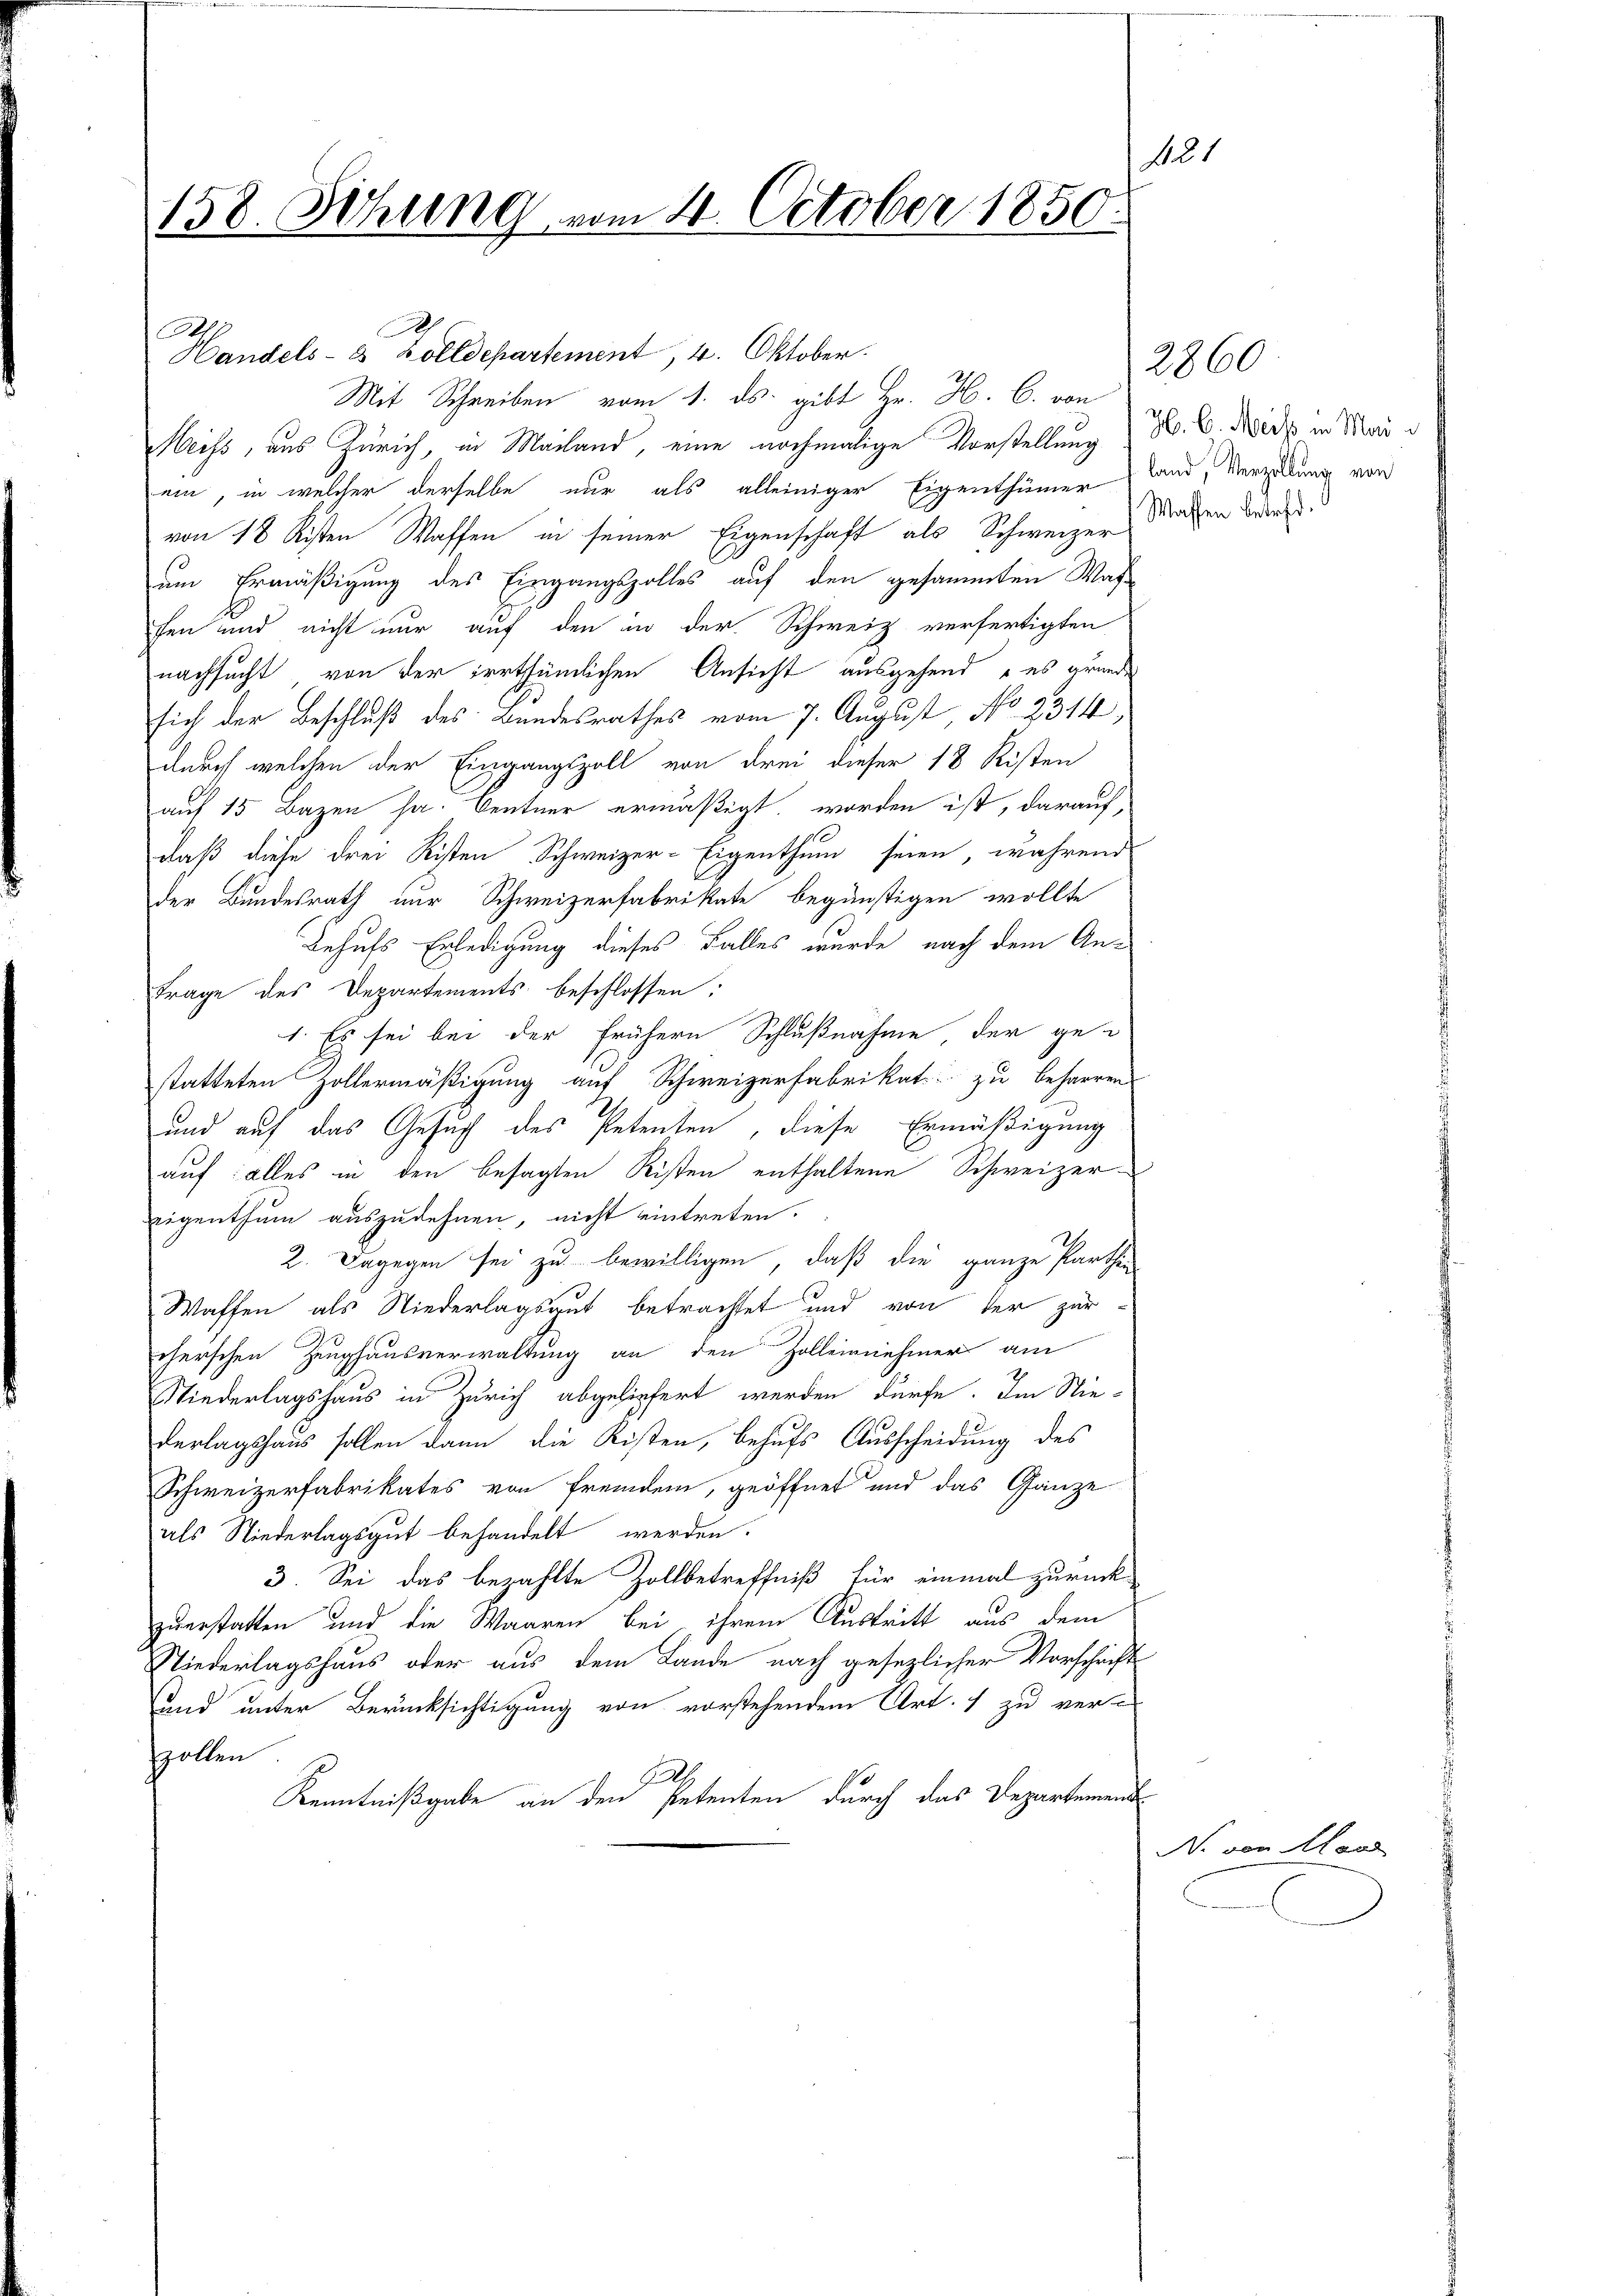
421
158. Sitzung vom 4. October 1850.

Handels- & Zolldepartement, 4. Oktober.
Mit Schreiben vom 1. ds. gibt Hr. H. C. von
Heiss, aus Zürich, in Mailand, eine nochmalige Vorstellung & B. C. Nidß in Mai d
ein, in welcher derselbe nur als alleiniger Eigenthümer Land, Verzeitung von
von 18 Kisten Waffen in seiner Eigenschaft als Schweizer Magen dringeum Ermäßigung des Eingangszolles auf den gesammten Wasse
hen und nicht nur auf den in der Schweiz verfertigten
nachsucht von der irrthümlichen Ansicht ausgehend es gründe
sich der Beschluß des Bundesrathes vom 7. August, No 2314,
durch welchen der Eingangszoll von drei dieser 18 Risten
auf 15 Bazen sa. Centner ermäßigt, worden ist, darauf,
daß diese drei Kisten Schweizer-Eigenthum seien, während
der Bundesrath nur Schweizerfabrikate begünstigen wollte
Behufs Erledigung dieses Falles wurde nach dem Ge-
trage des Departements beschlossen:
1. Es sei bei der frühern Schlußnahme, der ge-
statteten Zollermäßigung auf Schweizerfabrikat zu beharren
und auf das Gesuch des Petenten, diese Ermäßigung
auf alles in den besagten Risten enthaltene Schweizereigenthum auszudehnen, nicht eintreten.
2. Dagegen sei zu bewilligen, daß die ganze Parthen
Waffen als Niederlagsgut betrachtet und von der zur
cherschen Zeughausverwaltung an den Zolleinnehmer am
Niederlagshaus in Zürich abgeliefert werden dürfe. Im Nie-
derlagshaus sollen dann die Kisten, behufs Ausscheidung des
Schweizerfabrikates von Fremden, geöffnet und das Ganze
als Niederlagsgut behandelt werden.
3. Sei das bezahlte Zollbetreffniß für einmal zurück-
zuerstatten und die Waaren bei ihrem Austritt aus dem
Niederlagshaus oder aus dem Lande nach gesezlicher Vorschrift
und unter Berücksichtigung von vorstehendem Art. 1 zu ver-
zollen
Gall
Kenntnißgabe an den Petenten durch das Departement

2860

N. von Mand